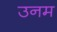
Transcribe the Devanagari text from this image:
उनम